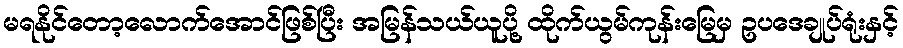
မရနိုင်တော့လောက်အောင်ဖြစ်ပြီး အမြန်သယ်ယူပို့ ထိုက်ယွမ်ကုန်းမြေမှ ဥပဒေချုပ်ရုံးနှင့်